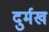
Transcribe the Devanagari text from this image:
दुर्मख